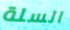
السلة